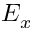
E _ { x }